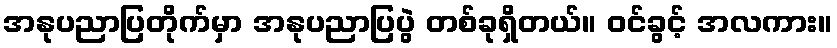
အနုပညာပြတိုက်မှာ အနုပညာပြပွဲ တစ်ခုရှိတယ်။ ဝင်ခွင့် အလကား။